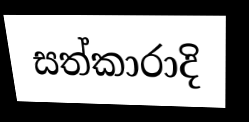
සත්කාරාදි